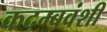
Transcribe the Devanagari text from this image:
कदम्बवंशी